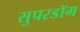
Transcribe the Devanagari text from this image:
सुपरडॉग